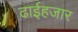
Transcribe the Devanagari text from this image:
ढाईहजार